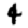
Digit: 4